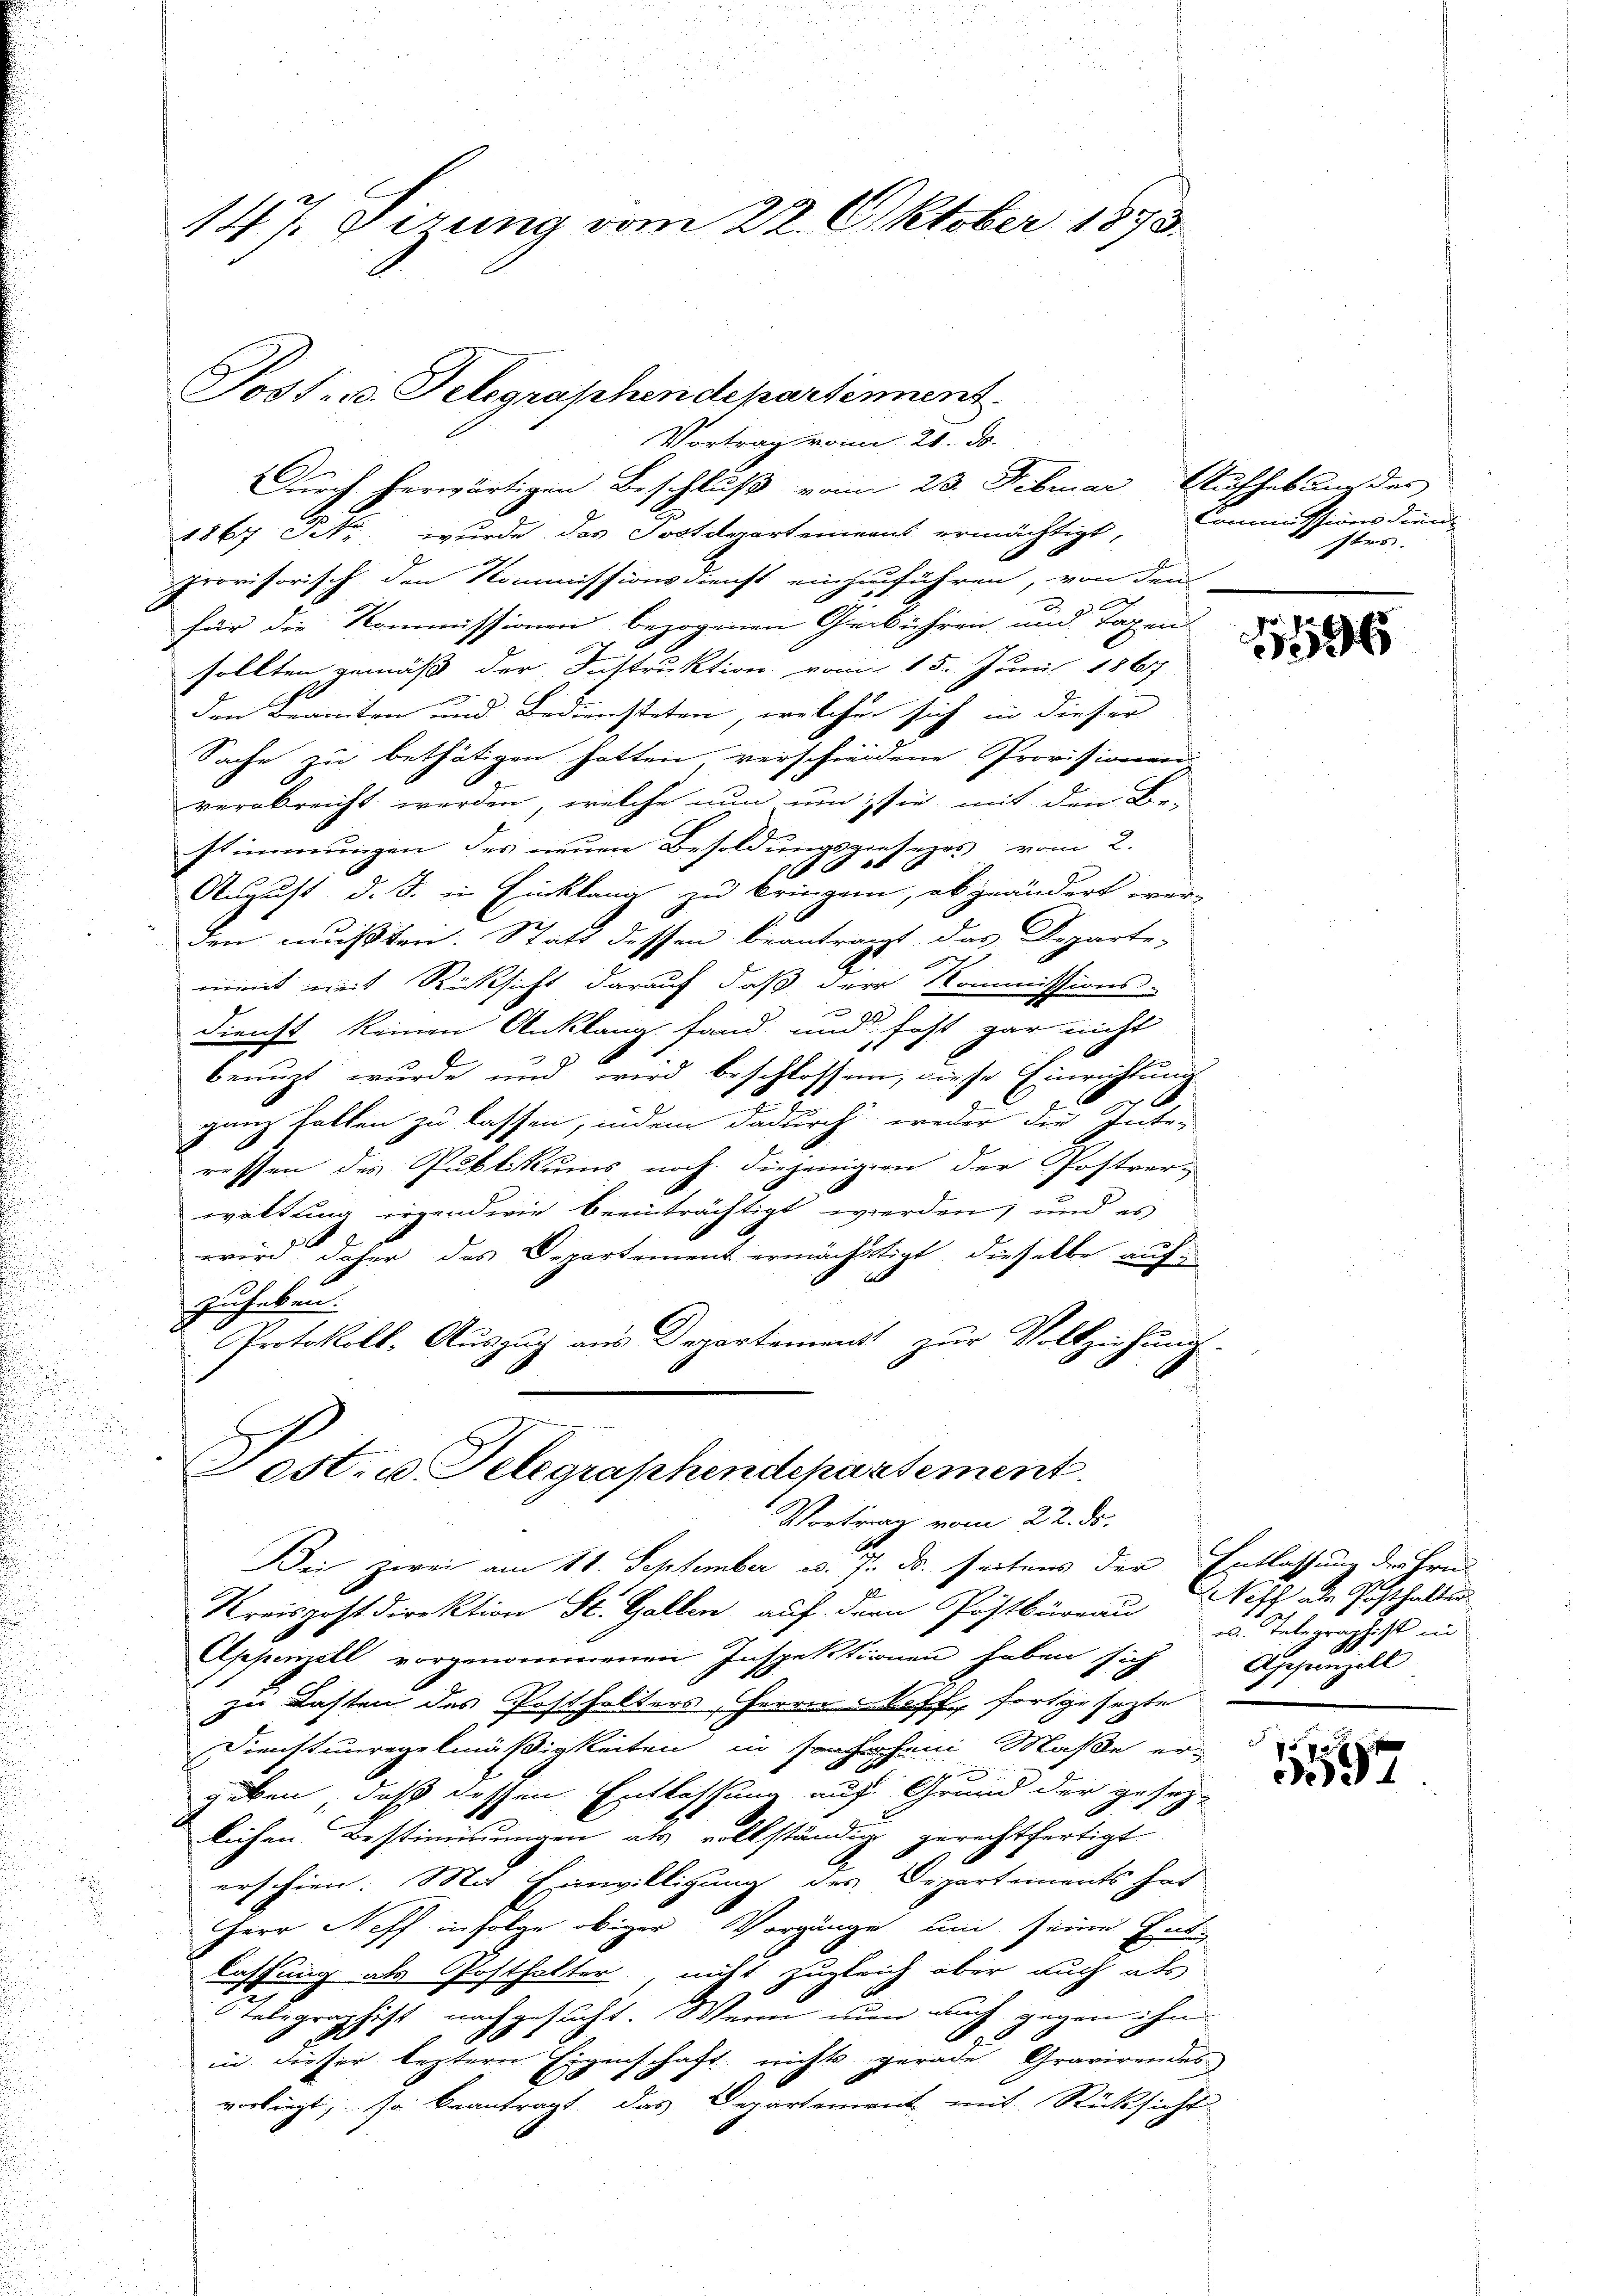
147. gerung vom 22. Oktober 1873.

Tost- u. Telegraphendepartiment.

Vortrag vom 21. Js.
Durch herwärtigen Beschluß vom 23. Februar Aufhebung des
1867 Petr. wurde das Postdepartenaus ermächtigt,
provisorisch den Kommissionsdienst einzuführen, von dem
.
für die Kommissionen bezogenen Gebühren und Tagen
sollten gemäß der Instruktion vom 15. Juni 1867
den Branten und Bediensteten, welcher sich in dieser
Sache zu bethätigen hatten, verschiedene Provisionen
verabreicht werden, welche nun um sie mit den Be-
stimmungen des neuen Besoldungsgesezes vom 2.
10 x
1
August d. J. in Einklang zu bringen, ob geändert wer
dem mußten. Statt dessen beantragt, das Departe-
ment mit Rücksicht darauf daß der Kommissions-
dienst keinen Anklang fand und fast gar nicht
benuzt wurde und wird beschlossen, diese Einrichtung
ganz fallen zu lassen, indem dadurch weder der or
ressen des Publikums noch diejenigen der Postver-
waltung irgendwie beeinträchtigt werden; und es
wird daher das Departement ermächtigt, dieselbe auf
zuhaben.
Protokoll, Auszug aus Departement zur Vollziehung.
n
est. u. Telegraphendepartement.
Vortrag vom 22. ds.
Dei zwei am 11. September u. 7. ds. seitens der Entlassung der Hrn.
Kreispostdirektion St. Gallen, auf der Postbüreau
Appenzell vorgenommenen Inspektionen haben sich
zu Lasten des Posthalters, Herrn Stoff, fortgesezte
Dienstunregelmäßigkeiten in so hohen Maße er-

geben, daß dessen Entlassung auf Grund der gesezlichen Bestimmungen als vollständig gerechtfertigt
erschien. Mit Einwilligung des Departements hat
Herr Neff infolge obiger Vorgänge um seine Entlassung als Posthalter, nitt zugleich aber auch als
Telegraphist nachgesucht. Wenn nun auch gegen ihn
d
in dieser leztern Eigenschaft nichts gerade Gravirendes
vorliegt, so beantragt, das Departement mit Rücksicht

Commissionsdien¬
Itens

196

eth als Posthalten
 Telegraphist in
Gesanzell

572
397